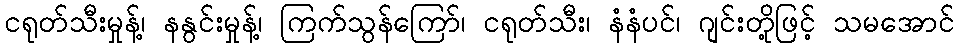
ငရုတ်သီးမှုန့်၊ နနွင်းမှုန့်၊ ကြက်သွန်ကြော်၊ ငရုတ်သီး၊ နံနံပင်၊ ဂျင်းတို့ဖြင့် သမအောင်